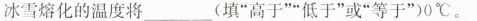
冰雪熔化的温度将___(填”高于””低于”或”等于”)0℃。